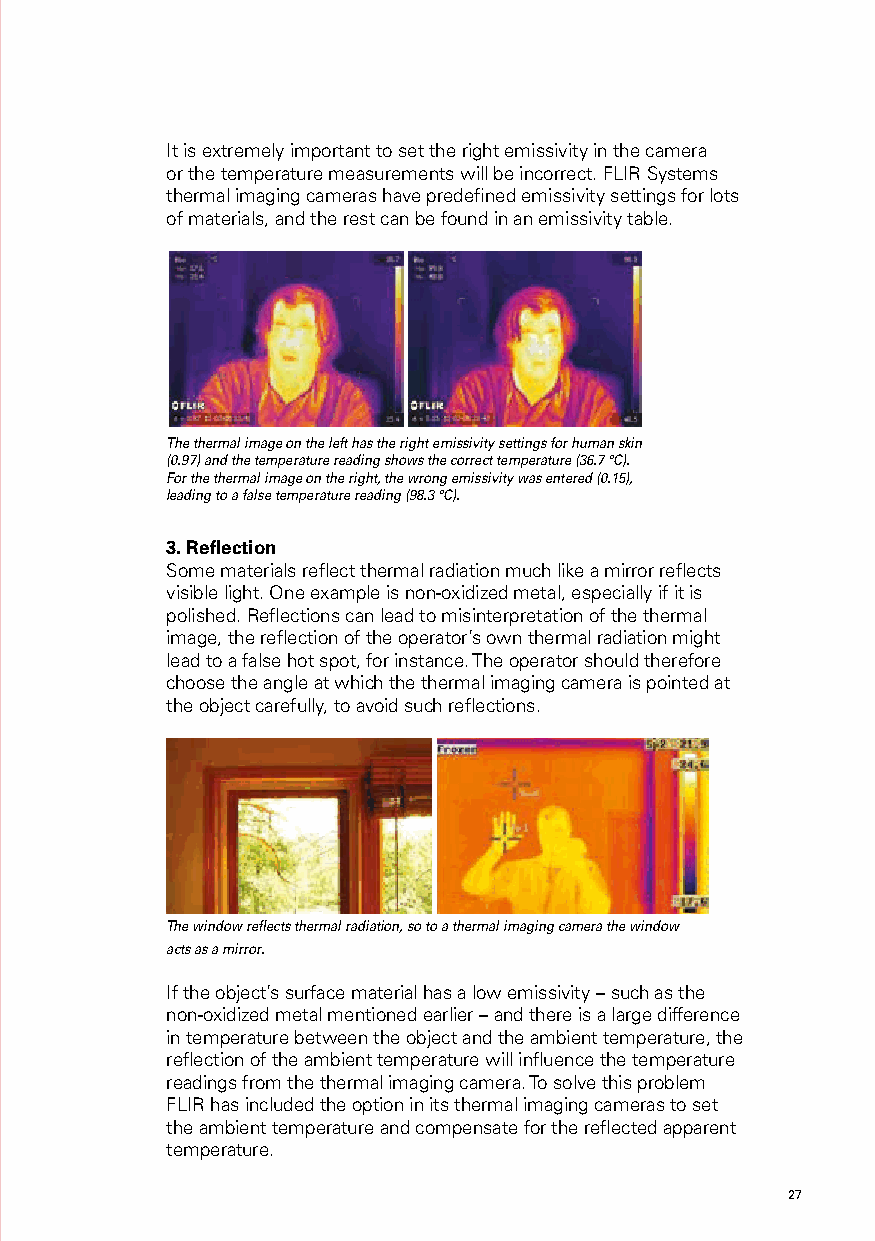
It is extremely important to set the right emissivity in the camera
 or the temperature measurements will be incorrect. FLIR Systems
 thermal imaging cameras have predefined emissivity settings for lots
 of materials, and the rest can be found in an emissivity table.
 The thermal image on the left has the right emissivity settings for human skin
 (0.97) and the temperature reading shows the correct temperature (36.7 °C).
 For the thermal image on the right, the wrong emissivity was entered (0.15),
 leading to a false temperature reading (98.3 °C).
 3. Reflection
 Some materials reflect thermal radiation much like a mirror reflects
 visible light. One example is non-oxidized metal, especially if it is
 polished. Reflections can lead to misinterpretation of the thermal
 image, the reflection of the operator’s own thermal radiation might
 lead to a false hot spot, for instance. The operator should therefore
 choose the angle at which the thermal imaging camera is pointed at
 the object carefully, to avoid such reflections.
 The window reflects thermal radiation, so to a thermal imaging camera the window
 acts as a mirror.
 If the object’s surface material has a low emissivity – such as the
 non-oxidized metal mentioned earlier – and there is a large difference
 in temperature between the object and the ambient temperature, the
 reflection of the ambient temperature will influence the temperature
 readings from the thermal imaging camera. To solve this problem
 FLIR has included the option in its thermal imaging cameras to set
 the ambient temperature and compensate for the reflected apparent
 temperature.
 26                                                  27